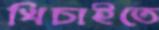
খিচাইতে